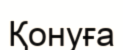
Қонуға